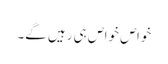
خواص خواص ہی رہیں گے۔